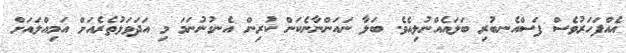
އެއްފަހަރުވެސް ފަސްއެނބުރި ބަލައެއްނުލިއެވެ. ބަލާ ނައަންނާނެކަން ކުރިން އެނގުނުނަމަ މި އަދަވަޅުތެރެއަށް އަމިއްލައަށް